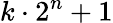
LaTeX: k\cdot 2^{n}+1